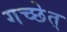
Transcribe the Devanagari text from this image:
गच्छेत्‌